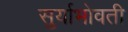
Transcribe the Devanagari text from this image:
सुर्याभोवती